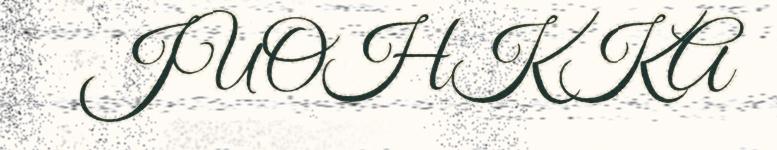
JUOHKKA